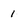
Character: 1